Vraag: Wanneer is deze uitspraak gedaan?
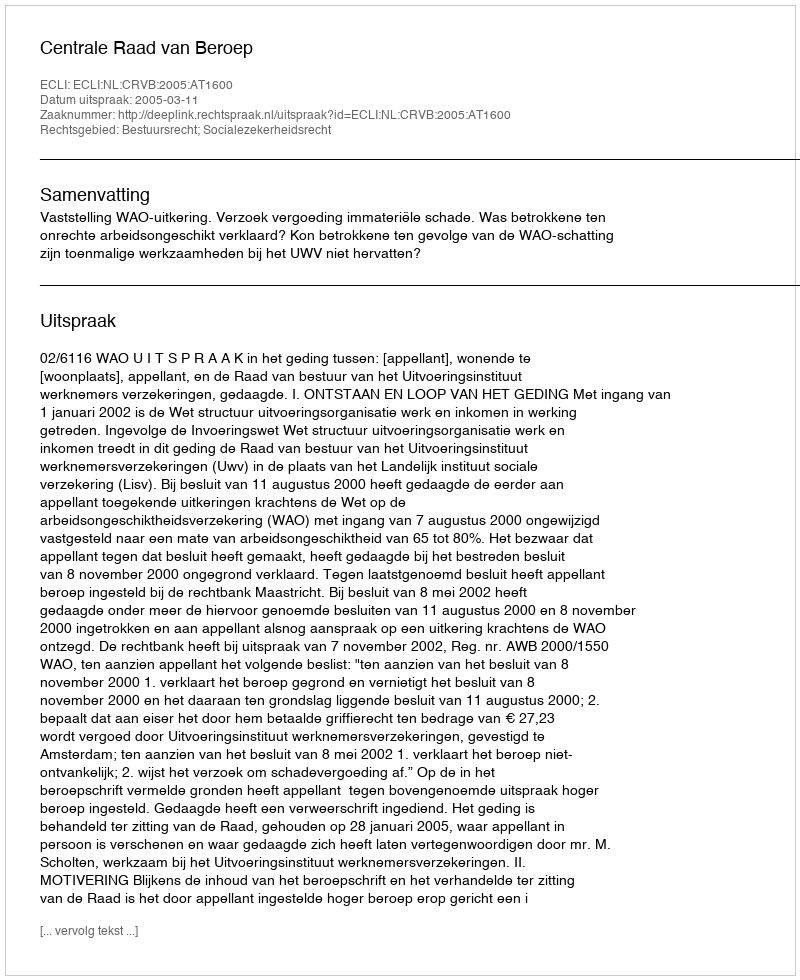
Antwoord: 2005-03-11